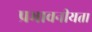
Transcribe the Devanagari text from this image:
प्रभावनीयता